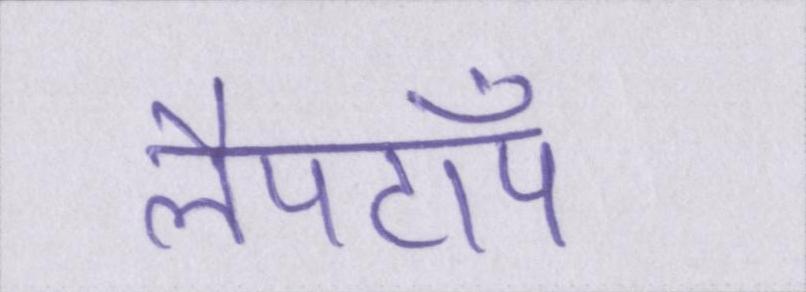
लैपटॉप